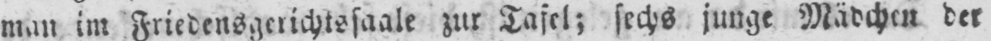
man im Friedensgerichtssaale zur Tafel; sechs junge Mädchen der